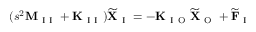
( s ^ { 2 } \mathbf { M } _ { \mathrm { ~ I ~ I ~ } } + \mathbf { K } _ { \mathrm { ~ I ~ I ~ } } ) \widetilde { \mathbf { X } } _ { \mathrm { ~ I ~ } } = - \mathbf { K } _ { \mathrm { ~ I ~ O ~ } } \widetilde { \mathbf { X } } _ { \mathrm { ~ O ~ } } + \widetilde { \mathbf { F } } _ { \mathrm { ~ I ~ } }